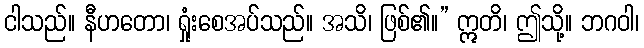
ငါသည်။ နီဟတော၊ ရှုံးစေအပ်သည်။ အသိ၊ ဖြစ်၏။” ဣတိ၊ ဤသို့။ ဘဂဝါ၊